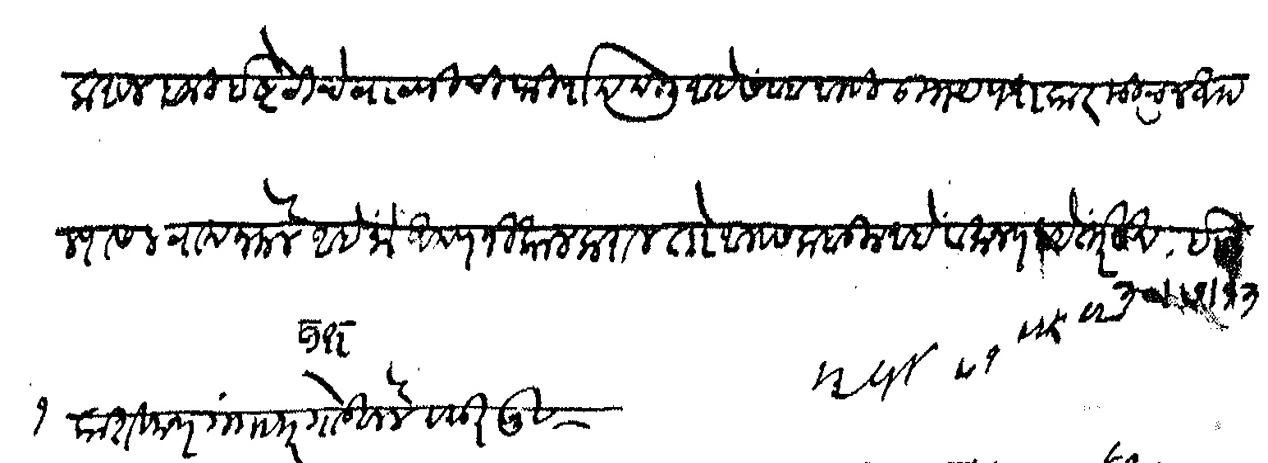
Transliteration (Devanagari): करून बाकी इष्टेटीचे वाटणीची फिर्याद दिली आहे सबब आम्ही उभय पक्षकार मिळून आपल्यास लवाद नेमले आहे जो आपण निकाल कराल तो आम्हास कबूत आहे व मान्य आहे इ तारीख ३० ७ १३ साक्ष १ काशिनाथ गंगाधर गोडबोले दस्तुरखुर